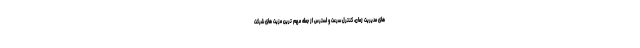
های مدیریت زمان، کنترل سرعت و استرس از جمله مهم ترین مزیت های شرکت